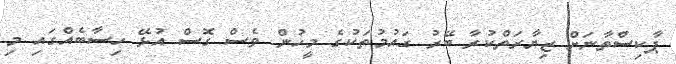
ޕާކިސްތާނަށް ޒިޔާރަތްކުރާ ބޭރު ގައުމުތަކުގެ މީހުން ވެސް ގޮސް އުޅޭ ހިސާބެއްގައި މި